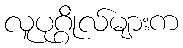
လူပုဂ္ဂိုလ်များက